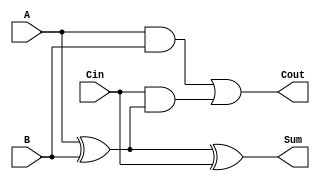
module LowPowerFullAdder (
    input wire A,    // First input bit
    input wire B,    // Second input bit
    input wire Cin,  // Carry input bit
    output wire Sum, // Output sum bit
    output wire Cout // Carry output bit
);

// Internal signals
wire AxorB; // Intermediate signal for A XOR B

// Compute Sum using XOR gates
assign AxorB = A ^ B; // A XOR B
assign Sum = AxorB ^ Cin; // (A XOR B) XOR Cin

// Compute Cout using AND and OR gates
assign Cout = (A & B) | (Cin & AxorB); // (A AND B) OR (Cin AND (A XOR B))

endmodule